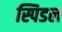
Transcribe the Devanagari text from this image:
स्पिडल